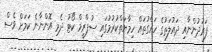
ފަރުދުންނާއި ދައުލަތުގެ ހައްގުތައް ހިމާޔަތްކުރުމުގައި ސުޕްރީމް ކޯޓު ދެމި އޮންނާނެ ކަމަށް ވެސް